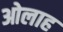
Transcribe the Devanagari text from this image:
ओलाह